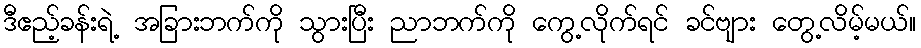
ဒီဧည့်ခန်းရဲ့ အခြားဘက်ကို သွားပြီး ညာဘက်ကို ကွေ့လိုက်ရင် ခင်ဗျား တွေ့လိမ့်မယ်။